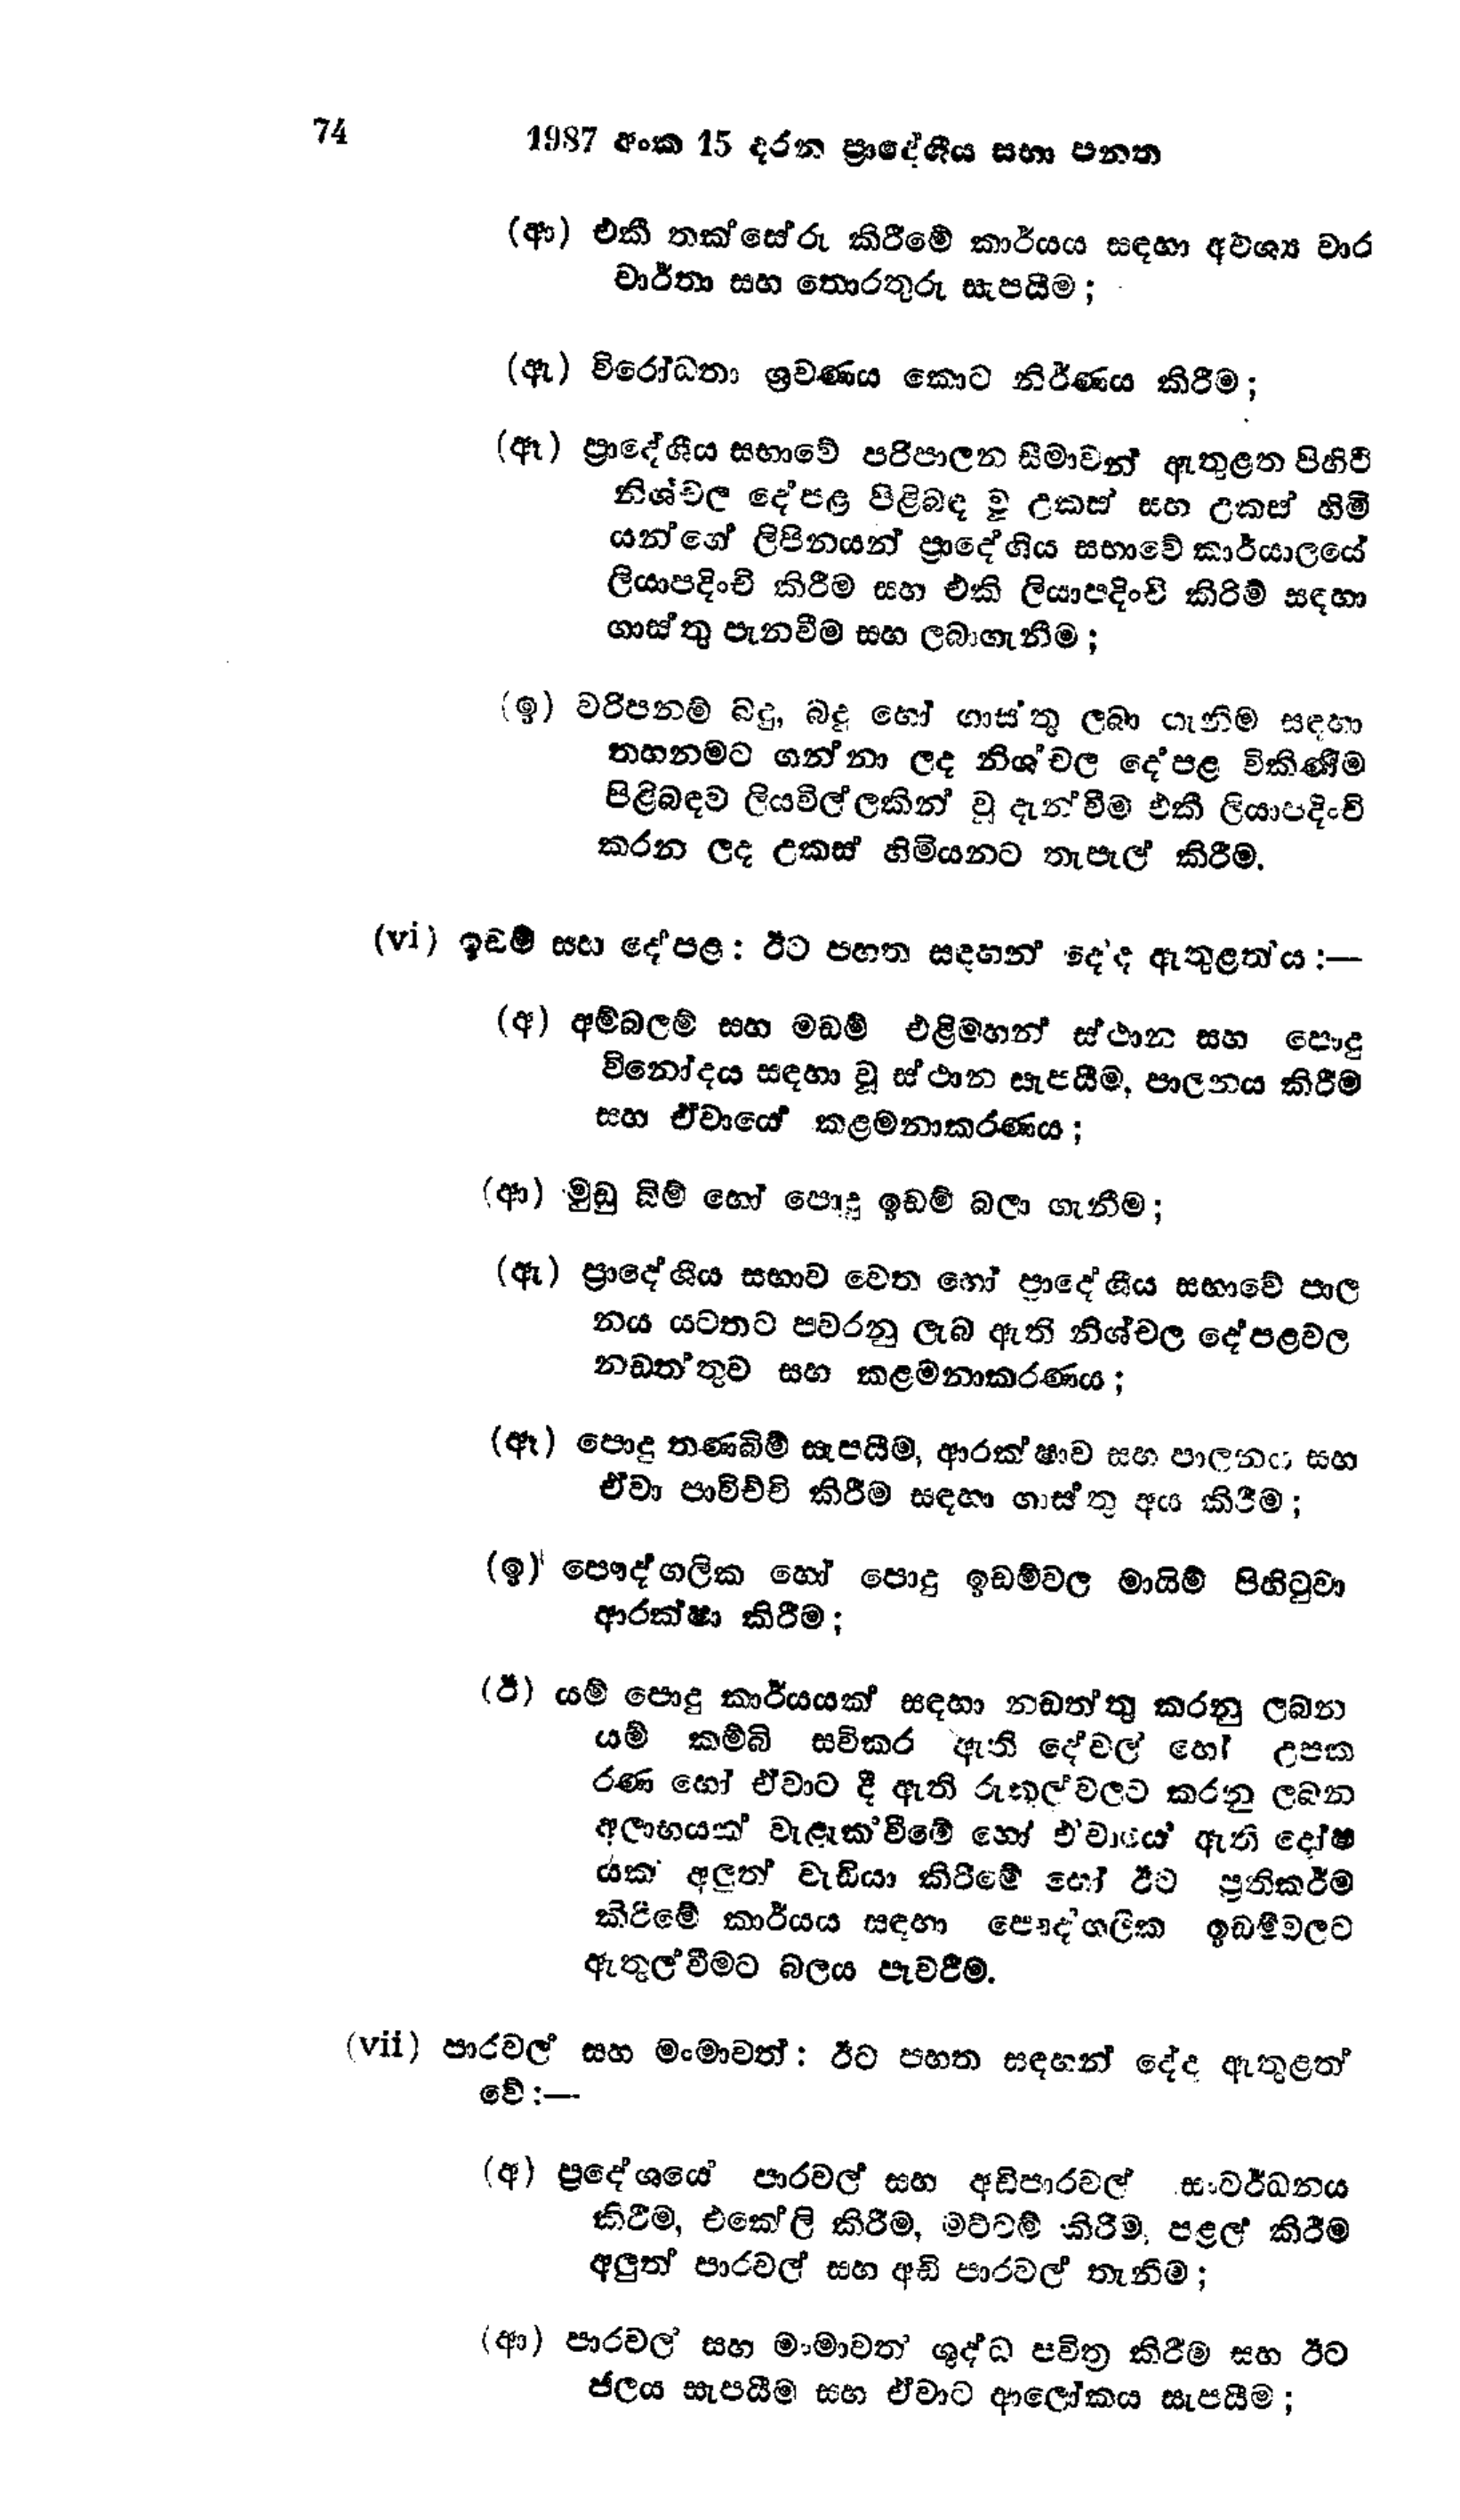
74 1987 අංක 15 දරන ප්‍රාදේශීය සභා පනත

(ආ) එකී තක්සේරු කිරීමේ කාර්යය සඳහා අවශ්‍ය වාර
වාර්තා සහ තොරතුරු සැපයීම;

(ඇ) විරෝධතා ශ්‍රවණය කොට නිර්ණය කිරීම;

(ඈ) ප්‍රාදේශීය සභාවේ පරිපාලන සීමාවන් ඇතුළත පිහිටි
නිශ්චල දේපළ පිළිබඳ වූ උකස් සහ උකස් හිමි
යන්ගේ ලිපිනයන් ප්‍රාදේශීය සභාවේ කාර්යාලයේ
ලියාපදිංචි කිරීම සහ එකි ලියාපදිංචි කිරිම් සඳහා
ගාස්තු පැනවීම සහ ලබාගැනීම;

(ඉ) වරිපනම් බදු, බදු හෝ ගාස්තු ලබා ගැනීම සඳහා
තහනමට ගන්නා ලද නිශ්චල දේපළ විකිණීම
පිළිබඳව ලියවිල්ලකින් වූ දැන්වීම එකී ලියාපදිංචි
කරන ලද උකස් හිමියනට තැපැල් කිරීම.

(vi) ඉඩම් සහ දේපළ : ඊට පහත සඳහන්  දේද ඇතුළත්ය:-

(අ) අම්බලම් සහ මඩම් එළිමහන් ස්ථාන සහ පොදු
විනෝදය සඳහා වූ ස්ථාන සැපයීම, පාලනය කිරීම
සහ ඒවායේ කළමනාකරණය ;

(ආ) මුඩු බිම් හෝ පොදු ඉඩම් බලා ගැනීම;

(ඇ) ප්‍රාදේශීය සභාව වෙත හෝ ප්‍රාදේශීය සභාවේ පාල
නය යටතට පවරනු ලැබ ඇති නිශ්චල දේපළවල
නඩත්තුව සහ කළමනාකරණය;

(ඈ) පොදු තණබිම් සැපයීම, ආරක්ෂාව සහ පාලනය සහ
ඒවා පාවිච්චි කිරීම සඳහා ගාස්තු අය කිරීම;

(ඉ) පෞද්ගලික හෝ පොදු ඉඩම් වල මායිම් පිහිටුවා
ආරක්ෂා කිරීම;

(ඊ) යම් පොදු කාර්යයක් සඳහා නඩත්තු කරනු ලබන
යම් කම්බි සවිකර ඇති දේවල් හෝ උපක
රණ හෝ ඒවාට දී ඇති රුකුල්වලට කරනු ලබන
අලාභයක් වැළැක්වීමේ හෝ එවායේ ඇති දෝෂ
යක අලුත් වැඩියා කිරීමේ හෝ ඊට ප්‍රතික‍ර්ම
කිරීමේ කාර්යය සඳහා පෞද්ගලික ඉඩම්වලට
ඇතුල්වීමට බලය පැවරීම.

(vii) පාරවල් සහ මංමාවත් : ඊට පහත සඳහන් දේද ඇතුළත්
වේ:--

(අ) ප්‍රදේශයේ පාරවල් සහ අඩිපාරවල් සංවර්ධනය
කිරීම, එකේලි කිරීම, මට්ටම් කිරීම; පළල කිරීම
අලුත් පාරවල් සහ අඩි පාරවල් තැනීම;

(ආ) පාරවල් සහ මාමාවත් ශුද්ධ පවිත්‍ර කිරීම සහ ඊට
ජලය සැපයීම සහ ඒවාට ආලෝකය සැපයීම;